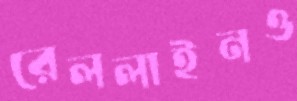
রেললাইনও